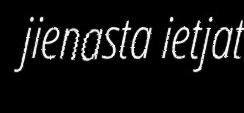
jienasta ietjat